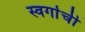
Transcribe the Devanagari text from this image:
स्वर्गाची